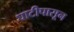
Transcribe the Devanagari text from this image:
घाटीपासून